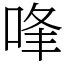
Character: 㖓